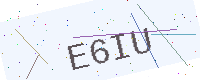
Text: E6IU